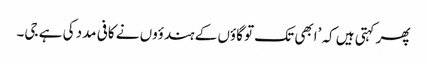
پھر کہتی ہیں کہ ’ابھی تک تو گاؤں کے ہندؤوں نے کافی مدد کی ہے جی۔